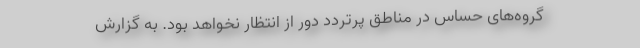
گروه‌های حساس در مناطق پرتردد دور از انتظار نخواهد بود. به گزارش